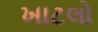
ખાટલો